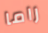
راما